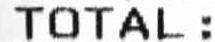
TOTAL: